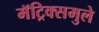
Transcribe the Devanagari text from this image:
मॅट्रिक्समुले